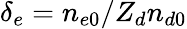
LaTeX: \delta_{e}=n_{e0}/Z_{d}n_{d0}